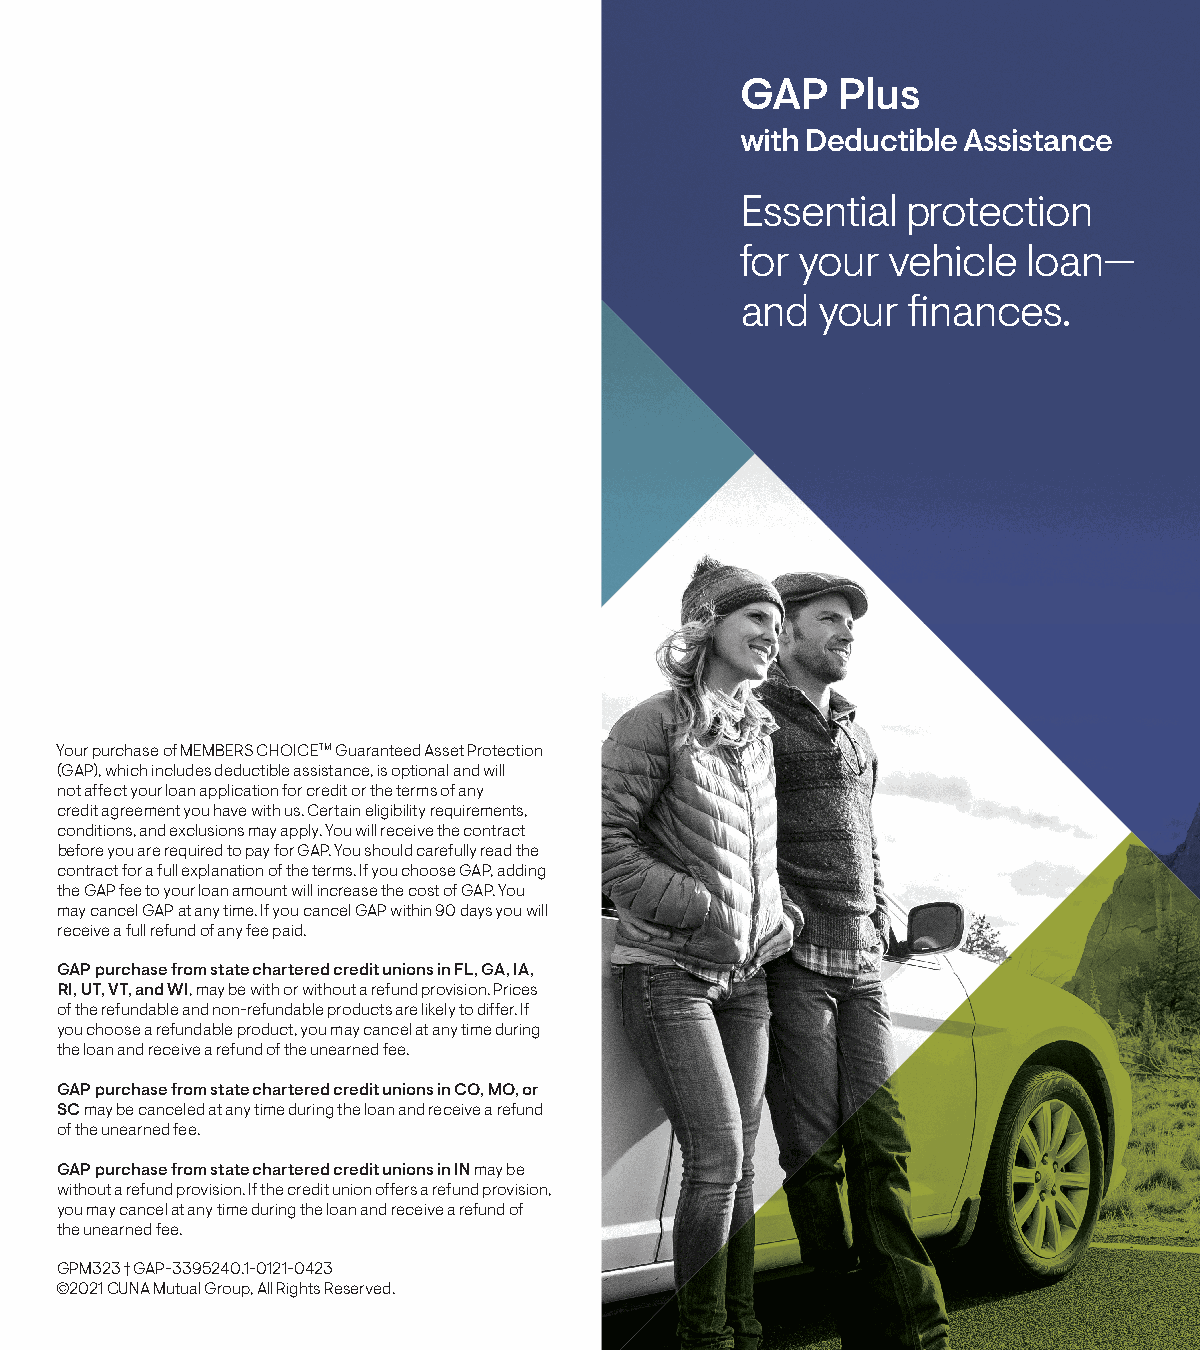
GAP   Plus
 with Deductible Assistance
 Essential  protection
 for your  vehicle  loan—
 and  your  fi nances.
 Your purchase of MEMBERS CHOICETM Guaranteed Asset Protection
 (GAP), which includes deductible assistance, is optional and will
 not affect your loan application for credit or the terms of any
 credit agreement you have with us. Certain eligibility requirements,
 conditions, and exclusions may apply. You will receive the contract
 before you are required to pay for GAP. You should carefully read the
 contract for a full explanation of the terms. If you choose GAP, adding
 the GAP fee to your loan amount will increase the cost of GAP. You
 may cancel GAP at any time. If you cancel GAP within 90 days you will
 receive a full refund of any fee paid.
 GAP purchase from state chartered credit unions in FL, GA, IA,
 RI, UT, VT, and WI, may be with or without a refund provision. Prices
 of the refundable and non-refundable products are likely to differ. If
 you choose a refundable product, you may cancel at any time during
 the loan and receive a refund of the unearned fee.
 GAP purchase from state chartered credit unions in CO, MO, or
 SC may be canceled at any time during the loan and receive a refund
 of the unearned fee.
 GAP purchase from state chartered credit unions in IN may be
 without a refund provision. If the credit union offers a refund provision,
 you may cancel at any time during the loan and receive a refund of
 the unearned fee.
 GPM323 † GAP-3395240.1-0121-0423
 ©2021 CUNA Mutual Group, All Rights Reserved.